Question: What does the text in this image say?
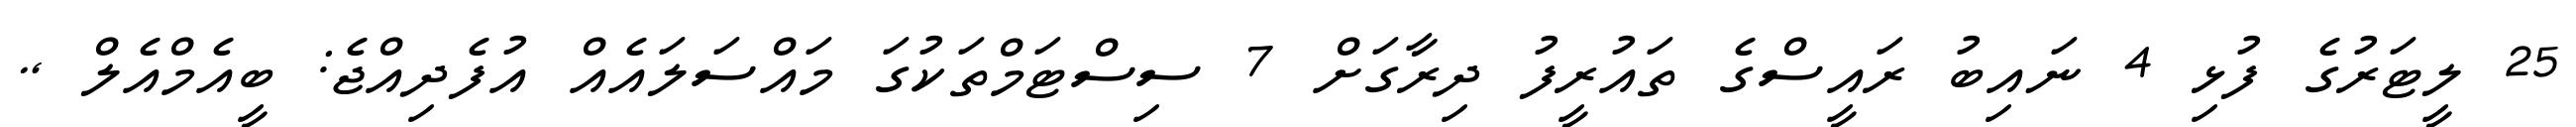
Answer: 25 ލީޓަރުގެ ފުޅި 4 ނައިބު ރައީސްގެ ތައުރީފު ދިރާގަށް 7 ސިސްޓަމްތަކުގަ މައްސަލައެއް އުފެދިއްޖެ: ބީއެމްއެލް ,.